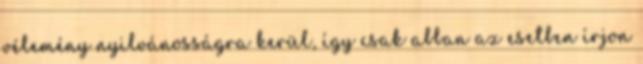
vélemény nyilvánosságra kerül, így csak abban az esetben írjon